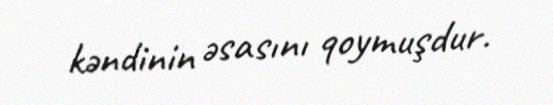
kəndinin əsasını qoymuşdur.